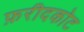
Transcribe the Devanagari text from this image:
फ़रीदकोट